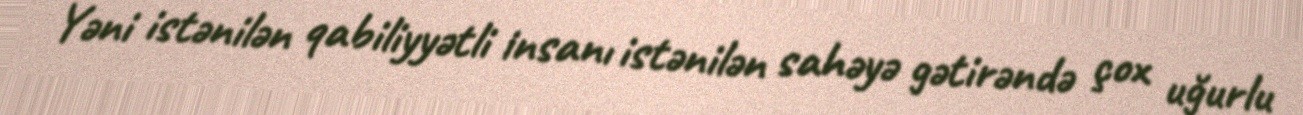
Yəni istənilən qabiliyyətli insanı istənilən sahəyə gətirəndə çox uğurlu